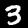
Label: 3